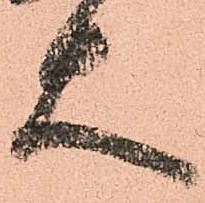
大